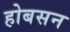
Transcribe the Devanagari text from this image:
होबसन